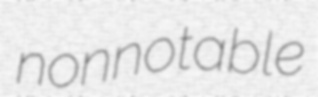
nonnotable